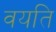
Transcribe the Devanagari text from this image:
वयति